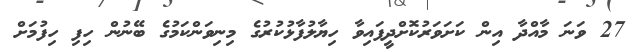
27 ވަނަ މާއްދާ އިން ކަށަވަރުކޮށްދީފައިވާ ހިޔާލުފާޅުކުރުގެ މިނިވަންކަމުގެ ބޭނުން ހިފި ހިފުމަށް